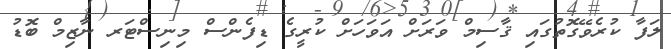
ލަފާ ކުރެވޭގޮތުގައި ޤާސިމް ވަރަށް އަވަހަށް ކުރީގެ ޑިފެންސް މިނިސްޓަރ ނާޒިމް ބޮޑު